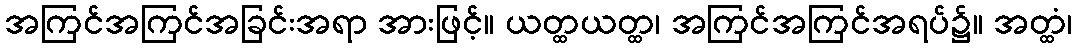
အကြင်အကြင်အခြင်းအရာ အားဖြင့်။ ယတ္ထယတ္ထ၊ အကြင်အကြင်အရပ်၌။ အတ္ထံ၊